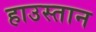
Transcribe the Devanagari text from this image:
हाउस्तान